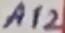
Text: A12